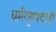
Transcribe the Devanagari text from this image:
धर्मगुरुपदाची